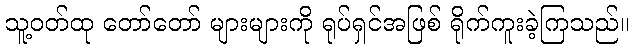
သူ့ဝတ်ထု တော်တော် များများကို ရုပ်ရှင်အဖြစ် ရိုက်ကူးခဲ့ကြသည်။